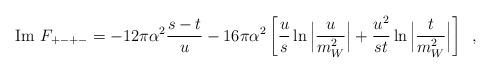
LaTeX: \begin{align*}\mbox{Im } F_{+-+-} = -12 \pi \alpha^2 \frac{s-t}{u}-16 \pi \alpha^2 \left[\frac{u}{s} \ln \Big| \frac{u}{m_W^2} \Big|+\frac{u^2}{s t} \ln \Big| \frac{t}{m_W^2} \Big| \right] \,\,\, ,\end{align*}